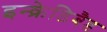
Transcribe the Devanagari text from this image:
इन्क्रेडिबैड